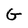
Character: G